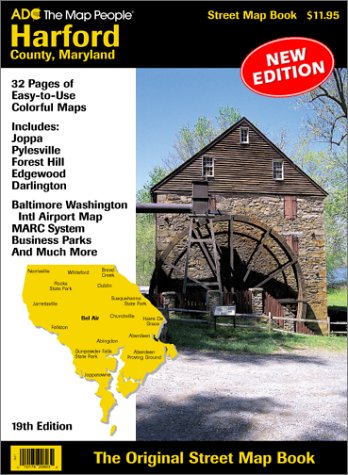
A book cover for ADC Hartford County, Maryland street map book; ADC (Firm); Travel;